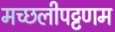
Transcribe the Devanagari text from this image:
मच्‍छलीपट्टणम